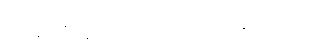
လေးပတ်အထိသာကြာသည်ဟုဆိုကြသည်။